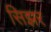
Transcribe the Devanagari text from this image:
सिझर